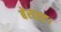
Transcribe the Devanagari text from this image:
बेराइट।